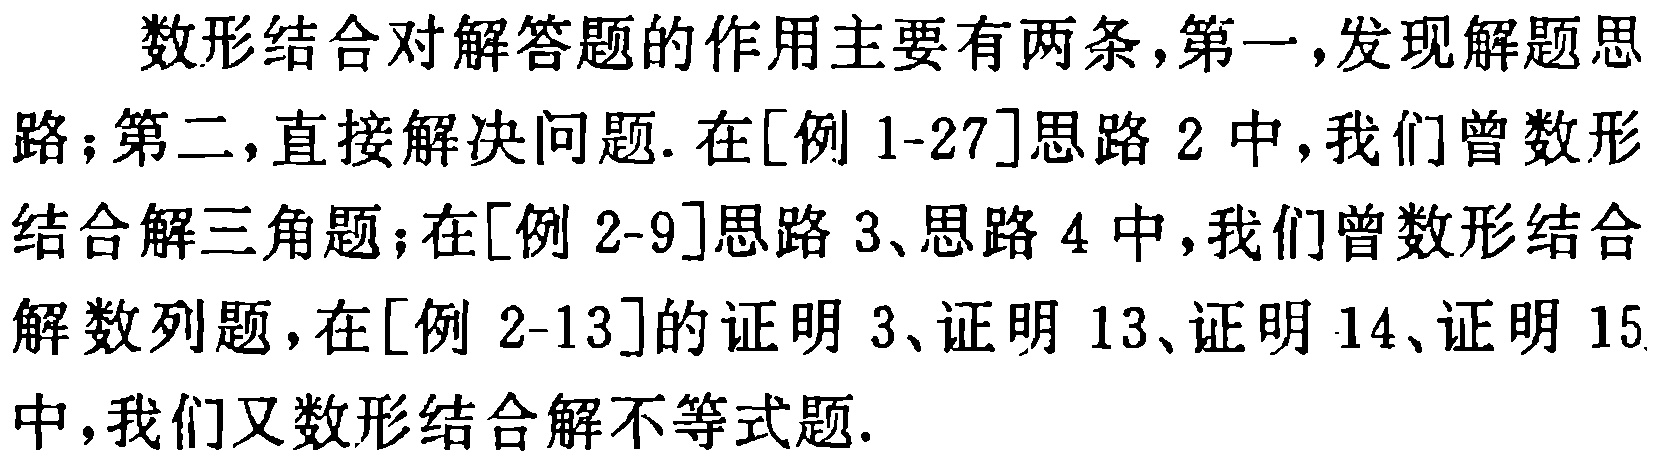
数形结合对解答题的作用主要有两条,第一,发现解题思路；第二,直接解决问题.在[例 1-27]思路 2 中,我们曾数形结合解三角题；在[例 2-9]思路 3、思路 4 中,我们曾数形结合解数列题,在[例 2-13]的证明 3、证明 13、证明 14、证明 15 中,我们又数形结合解不等式题.